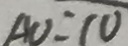
A O = 1 0